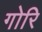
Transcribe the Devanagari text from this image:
गोरि